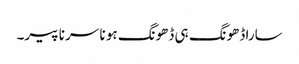
سارا ڈھونگ ہی ڈھونگ ہو نا سر نا پیر۔